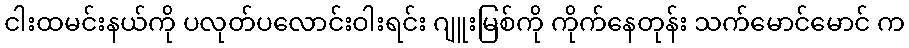
ငါးထမင်းနယ်ကို ပလုတ်ပလောင်းဝါးရင်း ဂျူးမြစ်ကို ကိုက်နေတုန်း သက်မောင်မောင် က